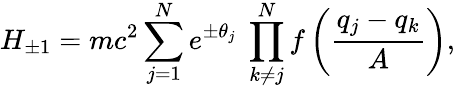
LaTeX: H_{\pm 1}=mc^{2}\sum_{j=1}^{N}e^{\pm\theta_{j}}\ \prod_{k\not=j}^{N}f\left(\frac{q_{j}-q_{k}}{A}\right),